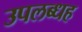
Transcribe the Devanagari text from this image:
उपलब्धह